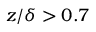
z / \delta > 0 . 7